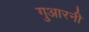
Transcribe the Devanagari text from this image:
गुआरनी